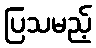
ပြသမည့်